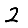
Digit: 2